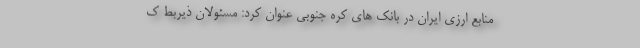
منابع ارزی ایران در بانک های کره جنوبی عنوان کرد: مسئولان ذیربط ک